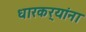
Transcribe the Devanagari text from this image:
धारकर्‍यांना